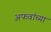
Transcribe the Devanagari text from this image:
अफवांच्या